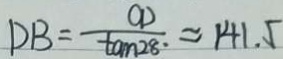
D B = \frac { C D } { \tan 2 8 ^ { \circ } } \approx 1 4 1 . 5